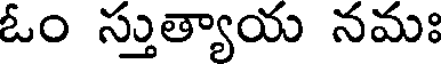
ఓం స్తుత్యాయ నమః